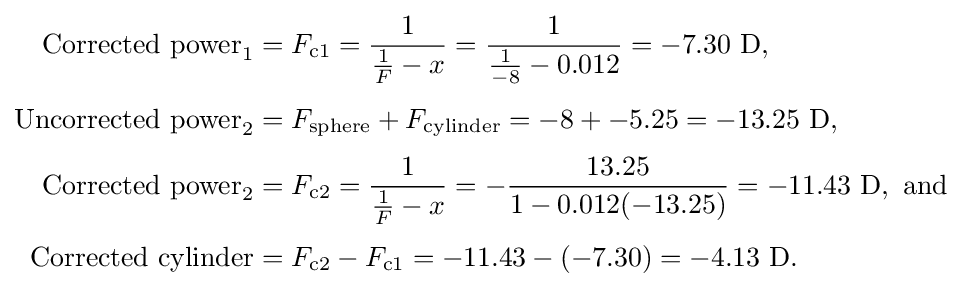
{\begin{aligned}{\text{Corrected power}}_{1}&=F_{{\text{c}}1}={\frac {1}{{\frac {1}{F}}-x}}={\frac {1}{{\frac {1}{-8}}-0.012}}=-7.30{\text{ D}},\\[3pt]{\text{Uncorrected power}}_{2}&=F_{\text{sphere}}+F_{\text{cylinder}}=-8+-5.25=-13.25{\text{ D}},\\[3pt]{\text{Corrected power}}_{2}&=F_{{\text{c}}2}={\frac {1}{{\frac {1}{F}}-x}}=-{\frac {13.25}{1-0.012(-13.25)}}=-11.43{\text{ D}},{\text{ and}}\\[3pt]{\text{Corrected cylinder}}&=F_{{\text{c}}2}-F_{{\text{c}}1}=-11.43-(-7.30)=-4.13{\text{ D}}.\end{aligned}}